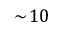
\sim \! 1 0